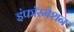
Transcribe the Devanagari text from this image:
इंफॉरमेशन